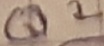
Text: Q2